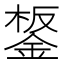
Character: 𨧸